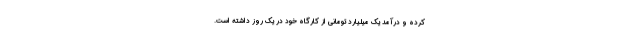
کرده و درآمد یک میلیارد تومانی از کارگاه خود در یک روز داشته است.